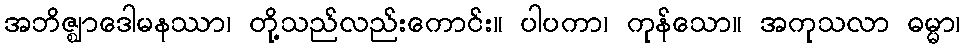
အဘိဇ္ဈာဒေါမနဿာ၊ တို့သည်လည်းကောင်း။ ပါပကာ၊ ကုန်သော။ အကုသလာ ဓမ္မာ၊